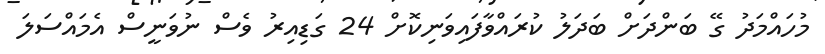
މުހައްމަދު ގޭ ބަންދަށް ބަދަލު ކުރައްވާފައިވަނިކޮށް 24 ގަޑިއިރު ވެސް ނުވަނީސް އެމައްސަލަ